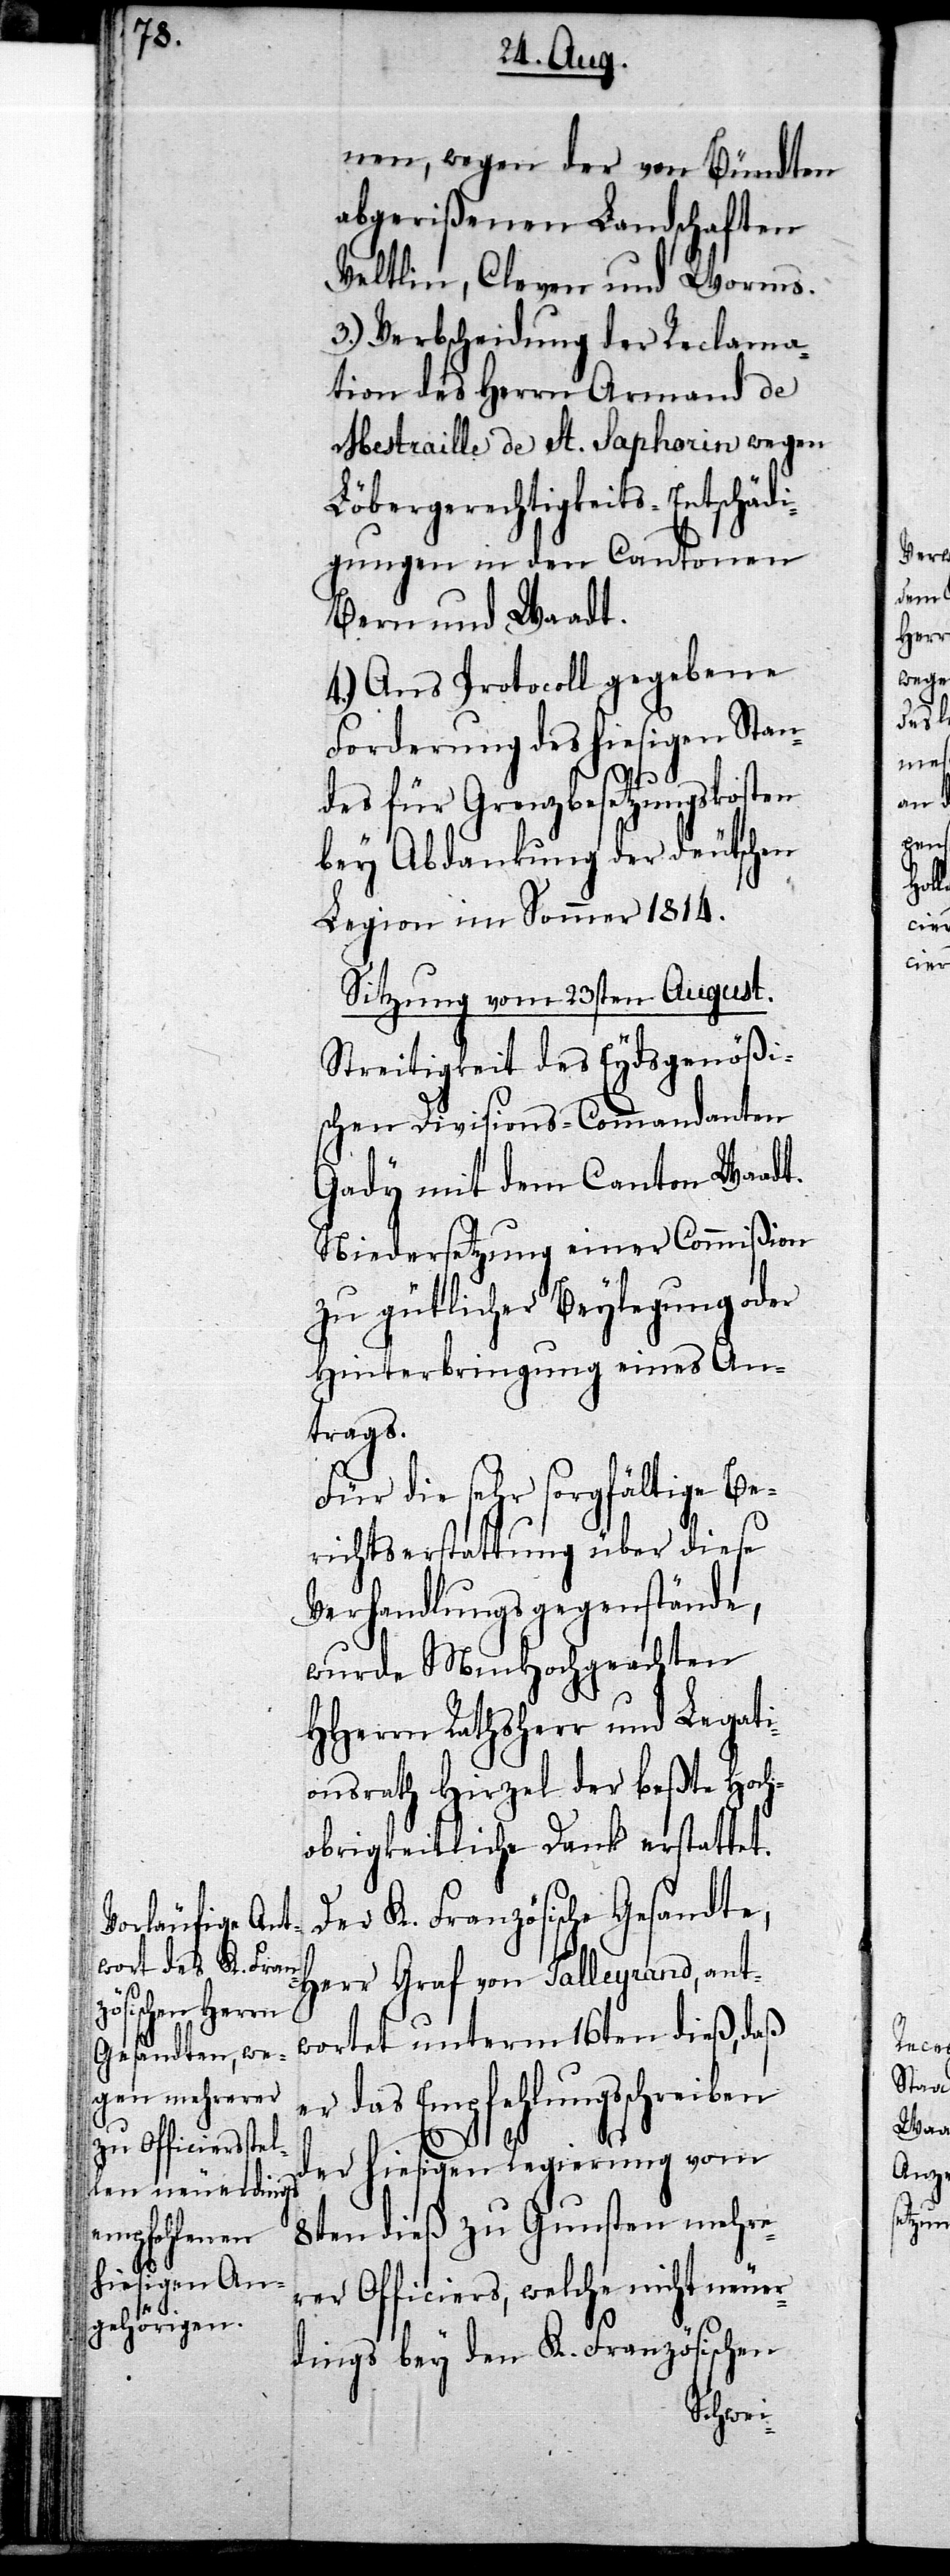
nen, wegen der von Bündten
abgerißenen Landschaften
Veltlin, Cleven und Worms.
3.) Verbscheidung der Reclama¬
tion des Herrn Armand de
Mestraille de St. Saphorin wegen
Löbergerechtigkeits-Entschädi¬
gungen in den Cantonen
Bern und Waadt.
4.) Ans Protocoll gegebene
Forderung des hiesigen Stan¬
des für Grenzbesetzungskosten
bey Abdankung der deutschen
Legion im Sommer 1814.
Sitzung vom 23sten August.
Streitigkeit des Eydsgenößi¬
schen Divisions-Commandanten
Gady mit dem Canton Waadt.
Niedersetzung einer Commißion
zu gütlicher Beylegung oder
Hinterbringung eines An¬
trags.
Für die sehr sorgfältige Be¬
richtserstattung über diese
Verhandlungsgegenstände,
wurde MmHochgeachten
HHerrn Rathsherr und Legati¬
onsrath Hirzel der beßte Hoch¬
obrigkeitliche Dank erstattet.
Der K. Französische Gesandte,
Herr Graf von Talleyrand, ant¬
wortet unterm 16ten dieß, daß
er das Empfehlungsschreiben
der hiesigen Regierung vom
8ten dieß zu Gunsten mehre¬
rer Officiers, welche nicht neuer¬
dings bey den K. Französischen